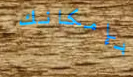
بإمكانك